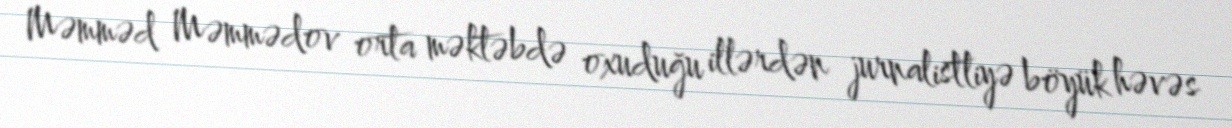
Məmməd Məmmədov orta məktəbdə oxuduğu illərdən jurnalistliyə böyük həvəs